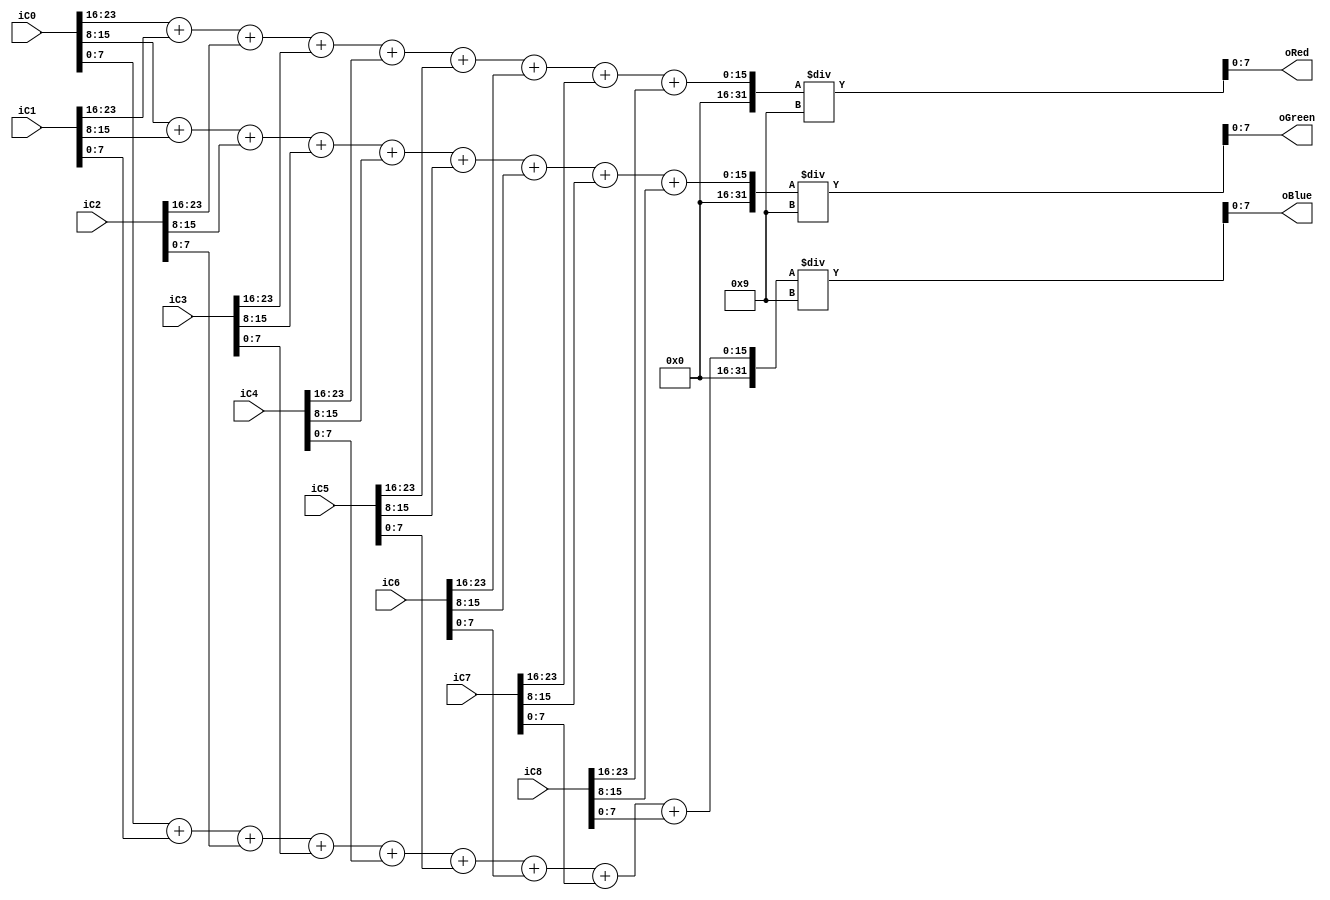
// Function: Filter noise by 3*3 input
// Input: iC0 ~ iC8, determine center(iC4) output
// Output: iC4 filter R, G, B
module Noise_Filter(iC0, iC1, iC2, iC3, iC4, iC5, iC6, iC7, iC8, oRed, oGreen, oBlue);
    // input 3*3 pixels, {R, G, B}
    input  [23:0] iC0;
    input  [23:0] iC1;
    input  [23:0] iC2;
    input  [23:0] iC3;
    input  [23:0] iC4;
    input  [23:0] iC5;
    input  [23:0] iC6;
    input  [23:0] iC7;
    input  [23:0] iC8;
    output [7:0] oRed;
    output [7:0] oGreen;
    output [7:0] oBlue;

    wire   [11:0] tmpR;
    wire   [11:0] tmpG;
    wire   [11:0] tmpB;

    // oRed filter
    assign tmpR = (iC0[23:16]+iC1[23:16]+iC2[23:16]+iC3[23:16]+iC4[23:16]+iC5[23:16]+iC6[23:16]+iC7[23:16]+iC8[23:16])/9;
    assign tmpG = (iC0[15:8]+iC1[15:8]+iC2[15:8]+iC3[15:8]+iC4[15:8]+iC5[15:8]+iC6[15:8]+iC7[15:8]+iC8[15:8])/9;
    assign tmpB = (iC0[7:0]+iC1[7:0]+iC2[7:0]+iC3[7:0]+iC4[7:0]+iC5[7:0]+iC6[7:0]+iC7[7:0]+iC8[7:0])/9;

    assign oRed = tmpR[7:0];
    assign oGreen = tmpG[7:0];
    assign oBlue = tmpB[7:0];


endmodule // Gray_Level